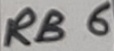
Text: RB6